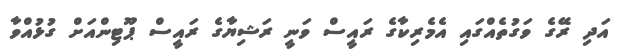
އަދި ރޭގެ ވަގުތެއްގައި އެމެރިކާގެ ރައީސް ވަނީ ރަޝިޔާގެ ރައީސް ޕޫޓިންއަށް ގުޅުއްވާ